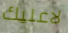
لاعليك